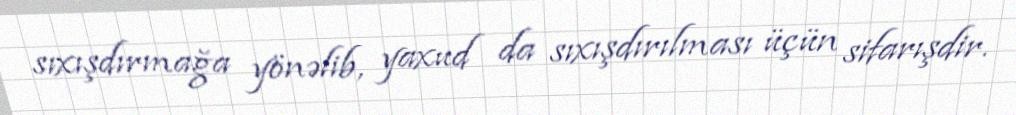
sıxışdırmağa yönəlib, yaxud da sıxışdırılması üçün sifarışdir.